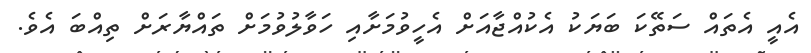
އެއީ އެތައް ސަތޭކަ ބަޔަކު އެކުއްޖާއަށް އެހީވުމަށާއި ހަވާލުވުމަށް ތައްޔާރަށް ތިއްބަ އެވެ.